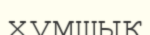
хумшық